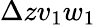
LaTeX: {\Delta zv_{1}w_{1}}